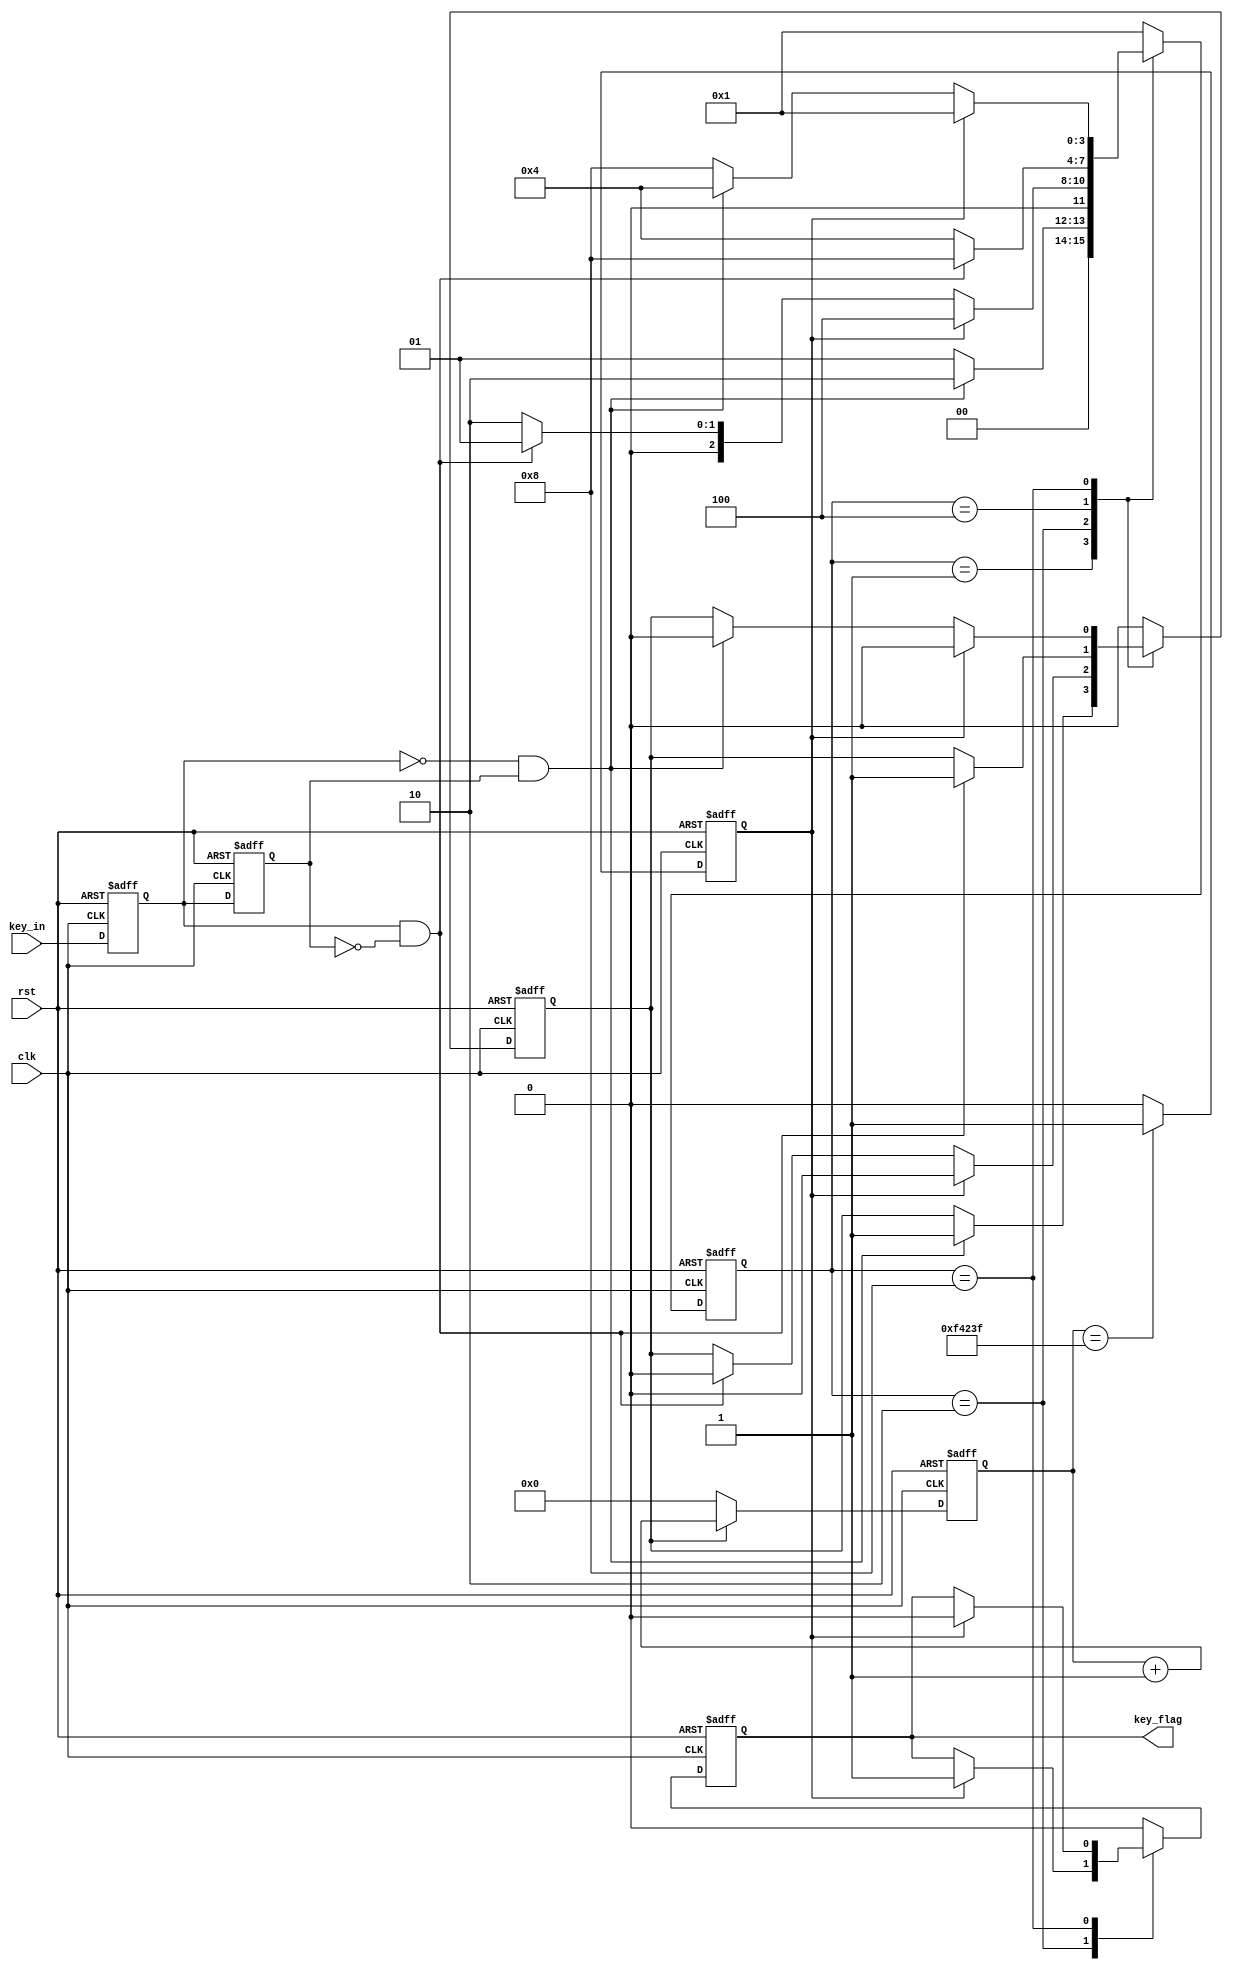
`timescale 1ns / 1ps
//////////////////////////////////////////////////////////////////////////////////
// Company: 
// Engineer: 
// 
// Design Name: 
// Module Name:    s 
// Project Name: 
// Target Devices: 
// Tool versions: 
// Description: 
//
// Dependencies: 
//
// Revision: 
// Revision 0.01 - File Created
// Additional Comments: 
//
//////////////////////////////////////////////////////////////////////////////////
module xiaodou(
	input	clk,
	input	rst,
	input	key_in,
	
	output	reg 	key_flag		//
    );
	
		localparam
		IDEL	= 4'b0001,
		FILTER0	= 4'b0010,
		DOWN	= 4'b0100,
		FILTER1	= 4'b1000;
		
	reg [3:0] state;
	
	reg 	key_tem0;
	reg 	key_tem1;
	
	wire 	nedge;
	wire 	pedge;
	
	reg [19:0]	cnt;	//
	reg			en_cnt;	//
	reg 		cnt_full;//
	
//	
	always@(posedge clk or negedge rst) begin
		if(rst==0) begin
			key_tem0<=0;
			key_tem1<=0;
		end
		else begin
			key_tem0 <= key_in;
			key_tem1 <= key_tem0;
		end
	end
	
	assign	nedge = !key_tem0 & key_tem1;		//
	assign	pedge =  key_tem0 & (!key_tem1);	//
	
//
	always@(posedge clk or negedge rst )begin
	if(rst==0)  begin
		state <= IDEL;
		en_cnt <= 1'b0;
		key_flag<=1'd0;
	end
	else 
		case(state)
			IDEL:
				begin
					key_flag<=1'b0;
					if(nedge) begin
						state <=	FILTER0;
						en_cnt <= 1'b1; //
					end
					else	
						state <=	IDEL;
				end
			FILTER0:
				if(cnt_full) begin
					state<= DOWN;
					en_cnt<=1'b0;
					key_flag<=1'b1;
				end
				else if(pedge) begin
					state<= IDEL;
					en_cnt <= 1'b0;
				end
				else
					state<= FILTER0;
			DOWN:
				begin
					key_flag<=1'b0;
					if(pedge)	begin
						state<=FILTER1;
						en_cnt<=1'b1;
					end
					else
						state<= DOWN;
				end
			FILTER1:
				if(cnt_full) begin
					state<= IDEL;
					en_cnt<=1'b0;
					key_flag<=1'b0;
				end
				else if(nedge) begin
					state<= DOWN;
					en_cnt <= 1'b0;
				end
				else
					state<= FILTER1;
			default: begin
				state<=IDEL;
				en_cnt<=1'b0;
				key_flag<=1'b0;
			end
		endcase		
	end
	
//
	always@(posedge clk or negedge rst) begin
		if(rst==0)
			cnt <= 20'd0;
		else if(en_cnt)
			cnt <= cnt + 1'b1;
		else
			cnt<= 20'd0;
	end
	always@(posedge clk or negedge rst) begin
		if(rst==0)
			cnt_full <= 1'b0;
		else if(cnt == 'd999_999)
			cnt_full <= 1'b1;
		else
			cnt_full <= 1'b0;
	end
 
endmodule